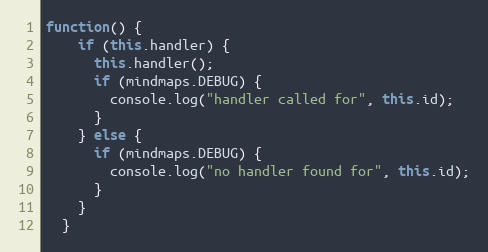
Language: JavaScript
function() {
    if (this.handler) {
      this.handler();
      if (mindmaps.DEBUG) {
        console.log("handler called for", this.id);
      }
    } else {
      if (mindmaps.DEBUG) {
        console.log("no handler found for", this.id);
      }
    }
  }